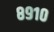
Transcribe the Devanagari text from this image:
८९१०